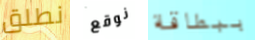
نطلق نوقع ببطاقة